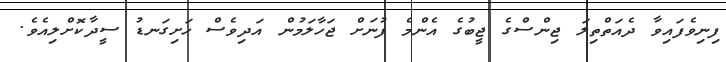
ފިނިވެފައިވާ ދެއަތްތިލަ ޖިންސްގެ ޖީބުގެ އެންމެ ފުނަށް ޖަހާލަމުން އަދިވެސް ހަށިގަނޑު ސީދާކޮށްލިއެވެ.